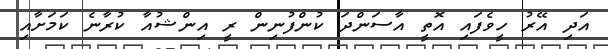
އަދި އޭރު ހީވެފައި އޮތީ އާސަންދަ ކުންފުނިން ރީ އިންޝުއާ ކުރާނެ ކަމަށާއި